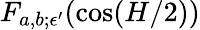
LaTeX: F_{a,b;\epsilon^{\prime}}(\cos(H/2))